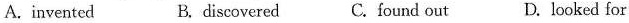
A.invented B.discovered C.found out D.looked for